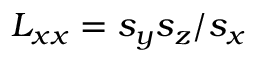
L _ { x x } = s _ { y } s _ { z } / s _ { x }